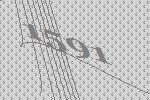
1591